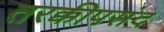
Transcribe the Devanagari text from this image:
तरक्कीपसंद